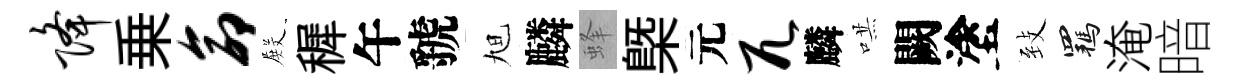
降乗命𭮺穉午虢旭麟蜂槩元兀麟哄闕塗𦤺羈淹暗